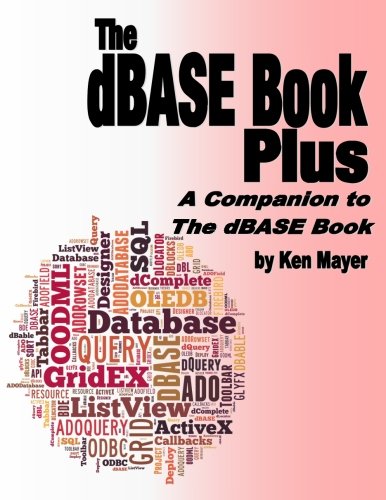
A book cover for The dBASE Book Plus: A Companion to The dBASE Book; Ken Mayer; Computers & Technology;